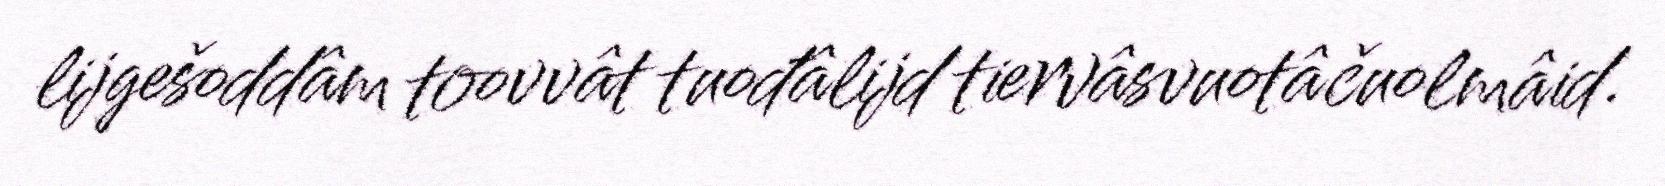
lijgešoddâm toovvât tuođâlijd tiervâsvuotâčuolmâid.